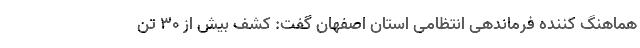
هماهنگ کننده فرماندهی انتظامی استان اصفهان گفت: کشف بیش از ۳۰ تُن